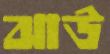
ঝাউ